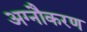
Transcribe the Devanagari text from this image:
अग्नौकरण